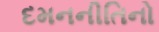
દમનનીતિનો